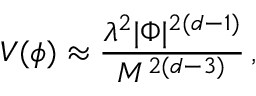
V ( \phi ) \approx \frac { \lambda ^ { 2 } | \Phi | ^ { 2 ( d - 1 ) } } { M ^ { 2 ( d - 3 ) } } \, ,